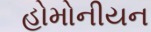
હોમોનીયન